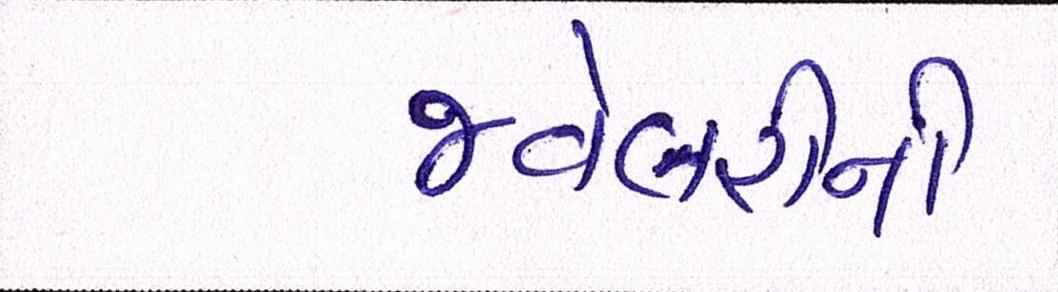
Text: જ્વેલરીની